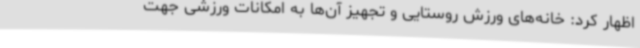
اظهار کرد: خانه‌های ورزش روستایی و تجهیز آن‌ها به امکانات ورزشی جهت